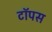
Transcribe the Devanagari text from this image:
टॉपस